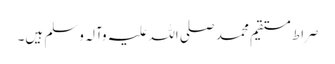
صراط مستقیم محمد صلی اللہ علیہ وآلہ وسلم ہیں۔